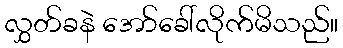
လွှတ်ခနဲ အော်ခေါ်လိုက်မိသည်။